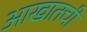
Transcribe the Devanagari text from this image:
आखातची